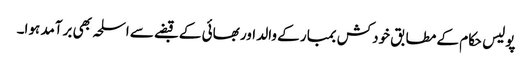
پولیس حکام کے مطابق خودکش بمبار کے والد اور بھائی کے قبضے سے اسلحہ بھی برآمد ہوا۔